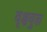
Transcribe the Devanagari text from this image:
वृक्षयुक्त